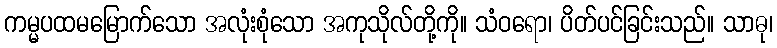
ကမ္မပထမမြောက်သော အလုံးစုံသော အကုသိုလ်တို့ကို။ သံဝရော၊ ပိတ်ပင်ခြင်းသည်။ သာဓု၊